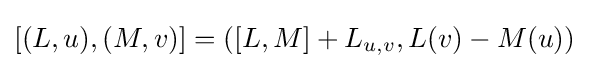
[(L,u),(M,v)]=([L,M]+L_{u,v},L(v)-M(u))